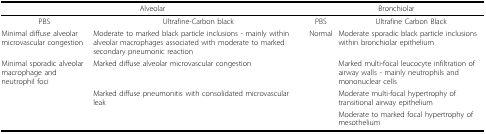
<table><thead><tr><td colspan="2"><b>Alveolar</b></td><td colspan="2"><b>Bronchiolar</b></td></tr></thead><tbody><tr><td>PBS</td><td>Ultrafine-Carbon black</td><td>PBS</td><td>Ultrafine Carbon Black</td></tr><tr><td>Minimal diffuse alveolar microvascular congestion</td><td>Moderate to marked black particle inclusions - mainly within alveolar macrophages associated with moderate to marked secondary pneumonic reaction</td><td>Normal</td><td>Moderate sporadic black particle inclusions within bronchiolar epithelium</td></tr><tr><td>Minimal sporadic alveolar macrophage and neutrophil foci</td><td>Marked diffuse alveolar microvascular congestion</td><td></td><td>Marked multi-focal leucocyte infiltration of airway walls - mainly neutrophils and mononuclear cells</td></tr><tr><td></td><td>Marked diffuse pneumonitis with consolidated microvascular leak</td><td></td><td>Moderate multi-focal hypertrophy of transitional airway epithelium</td></tr><tr><td></td><td></td><td></td><td>Moderate to marked focal hypertrophy of mesothelium</td></tr></tbody></table>